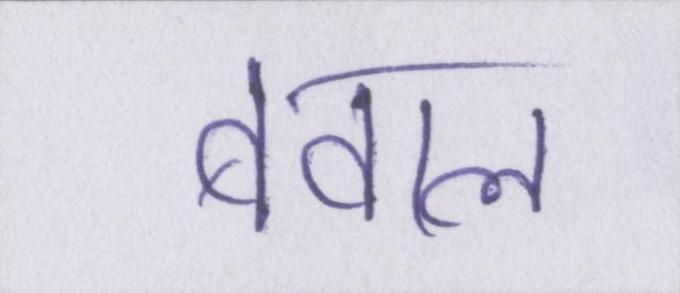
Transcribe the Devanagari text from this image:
बवाल